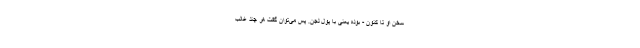
سخن او تا کنون - بوده یعنی با پول لجن. پس می‌توان گفت هر چند غالب